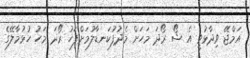
އަމްޖޭ ވިދާޅުވީ އެ ޝޯ ރޯދަ މަހަށް މެދުފުކަނޑާލުމަށްފަހު ރޯދަ މަހު ހުޅުމާލޭގެ